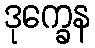
ဒုက္ခေန